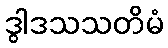
ဒွါဒသသတိမံ